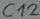
Text: C12